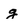
Character: g